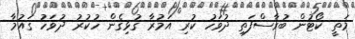
މަތީ ކޯޓުން ބުރާސްފަތި ދުވަހު ކުރި އަމުރާ ގުޅިގެން ހުކުރު ދުވަހު ގައުމާ